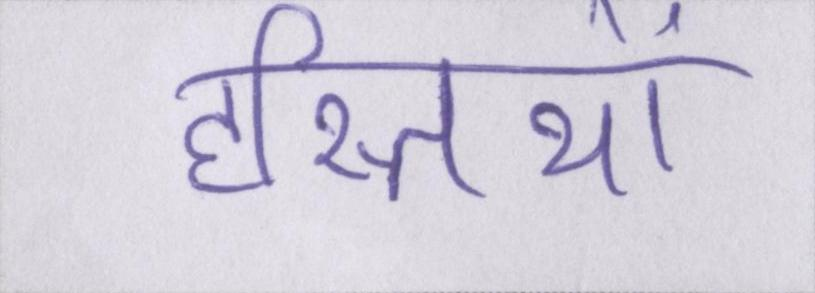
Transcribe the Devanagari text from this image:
हस्तियों